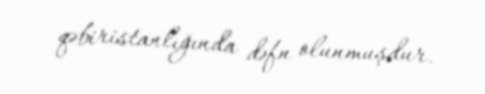
qəbiristanlığında dəfn olunmuşdur.